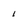
Character: i